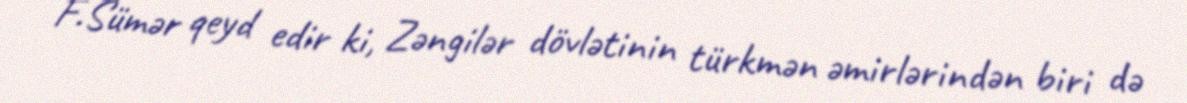
F.Sümər qeyd edir ki, Zəngilər dövlətinin türkmən əmirlərindən biri də